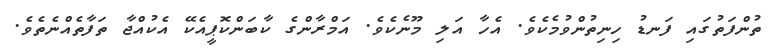
ތުންފަތުގައި ފަނޑު ހިނިތުންވުމެކެވެ. އެހާ އަލި މޫނެކެވެ. އަމްރާންގެ ކާބަންކޮޕީއެކޭ އެކުއްޖާ ތަފާތެއްނެތެވެ.